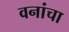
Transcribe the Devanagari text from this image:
वनांचा